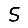
Digit: 5